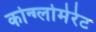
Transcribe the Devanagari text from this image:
कोन्ग्लोमेरेट